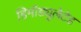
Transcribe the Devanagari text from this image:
डिमॉड्यूलेटेड